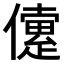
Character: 𠐑